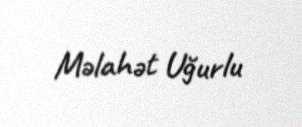
Məlahət Uğurlu